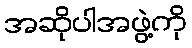
အဆိုပါအဖွဲ့ကို